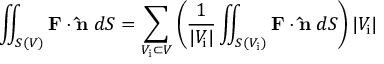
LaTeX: \iint _ { S ( V ) } \mathbf { F } \cdot \mathbf { \hat { n } } \; d S = \sum _ { V _ { \mathrm { i } } \subset V } \left( { \frac { 1 } { | V _ { \mathrm { i } } | } } \iint _ { S ( V _ { \mathrm { i } } ) } \mathbf { F } \cdot \mathbf { \hat { n } } \; d S \right) | V _ { \mathrm { i } } |